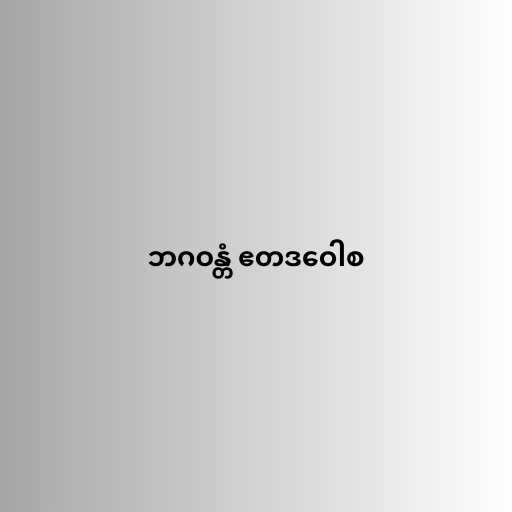
ဘဂဝန္တံ ဧတဒဝေါစ